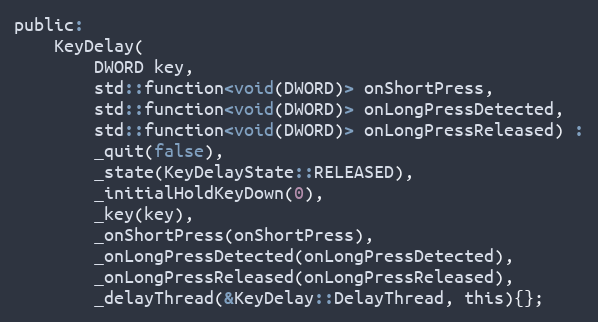
Language: C
public:
    KeyDelay(
        DWORD key,
        std::function<void(DWORD)> onShortPress,
        std::function<void(DWORD)> onLongPressDetected,
        std::function<void(DWORD)> onLongPressReleased) :
        _quit(false),
        _state(KeyDelayState::RELEASED),
        _initialHoldKeyDown(0),
        _key(key),
        _onShortPress(onShortPress),
        _onLongPressDetected(onLongPressDetected),
        _onLongPressReleased(onLongPressReleased),
        _delayThread(&KeyDelay::DelayThread, this){};